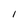
Character: I